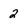
Character: 2